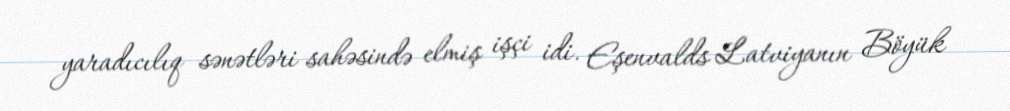
yaradıcılıq sənətləri sahəsində elmiş işçi idi. Eşenvalds Latviyanın Böyük